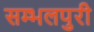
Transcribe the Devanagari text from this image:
सम्भलपुरी